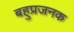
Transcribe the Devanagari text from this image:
बहुप्रजनक